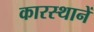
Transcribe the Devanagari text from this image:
कारस्थानें